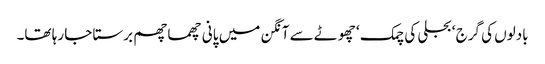
بادلوں کی گرج ‘ بجلی کی چمک ‘ چھوٹے سے آنگن میں پانی چھما چھم برستا جا رہا تھا۔